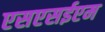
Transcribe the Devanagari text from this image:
एसएसईएम